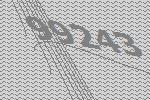
99243